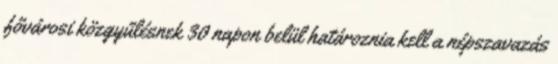
fővárosi közgyűlésnek 30 napon belül határoznia kell a népszavazás